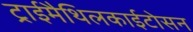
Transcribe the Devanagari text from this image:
ट्राईमैथिलकाईटोसन